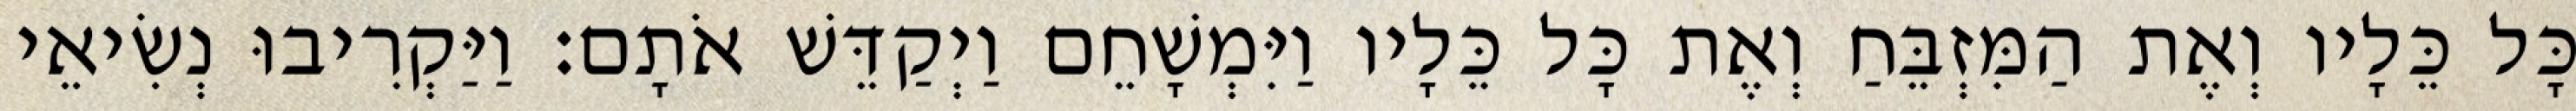
כָּל כֵּלָיו וְאֶת הַמִּזְבֵּחַ וְאֶת כָּל כֵּלָיו וַיִּמְשָׁחֵם וַיְקַדֵּשׁ אֹתָם׃ וַיַּקְרִיבוּ נְשִׂיאֵי